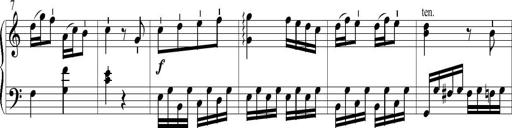
Title: 6 Leichte Sonatinen, Teil 1
Composer: F. Sigismund Sander